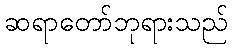
ဆရာတော်ဘုရားသည်